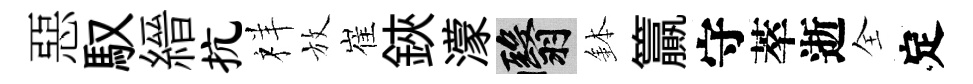
惡馭縉抗祥放崔鋏濛翳鉢籯守萃逝全定